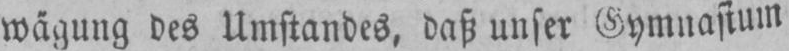
wägung des Umstandes, daß unser Gymnasium